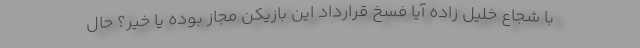
با شجاع خلیل زاده آیا فسخ قرارداد این بازیکن مجاز بوده یا خیر؟ حال